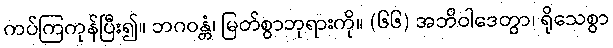
ကပ်ကြကုန်ပြီး၍။ ဘဂဝန္တံ၊ မြတ်စွာဘုရားကို။ (၆၆) အဘိဝါဒေတွာ၊ ရိုသေစွာ